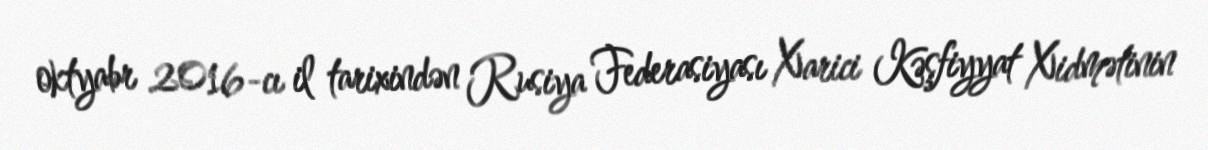
oktyabr 2016-cı il tarixindən Rusiya Federasiyası Xarici Kəşfiyyat Xidmətinin